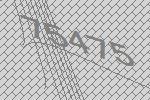
75475